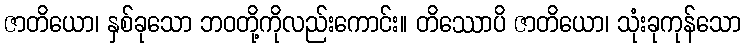
ဇာတိယော၊ နှစ်ခုသော ဘဝတို့ကိုလည်းကောင်း။ တိဿောပိ ဇာတိယော၊ သုံးခုကုန်သော